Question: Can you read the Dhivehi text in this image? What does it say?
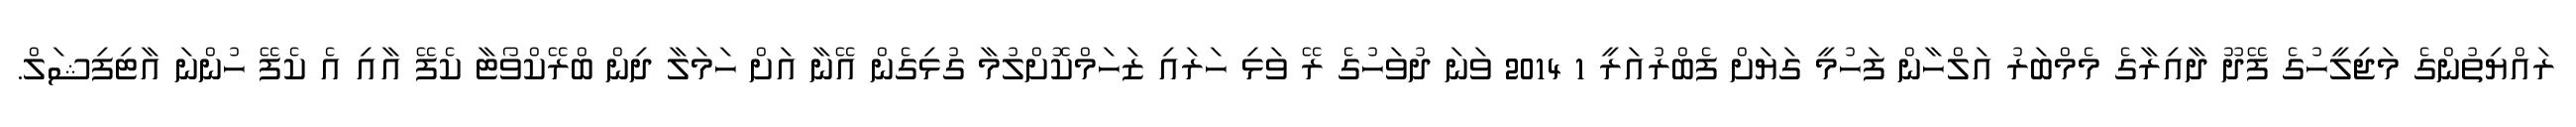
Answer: ރައްޔިތުންގެ މަޖިލީހުގެ ފޭދޫ ދާއިރާގެ މެމްބަރު އަލްހާން ފަހުމީ ގަޔަށް ފެބްރުއަރީ 1 2014 ވަނަ ދުވަހުގެ ރޭ ވަޅި ހަރައި ޒަހަމްކޮށްލުމާ ގުޅިގެން އޭނާ އަށް ހަމަލާ ދިން ބްރޭކްވޯޓާ ކެފޭ އާއި އެ ކެފޭ ހުންނަ އާޓިފިޝަލް.